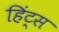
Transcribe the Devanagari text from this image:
हिंट्स